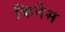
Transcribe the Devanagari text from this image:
किनेस